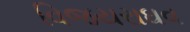
વિજયરાઘવ